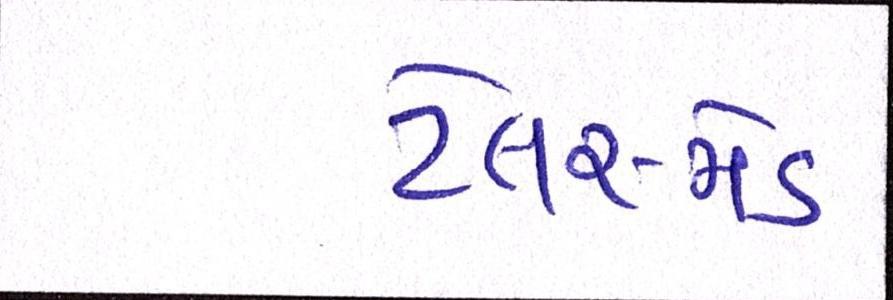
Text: ટેલર-મેડ